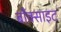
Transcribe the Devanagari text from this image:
बाँक्साइट